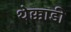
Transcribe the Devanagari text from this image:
थेक्काडी